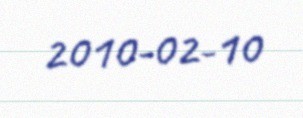
2010-02-10